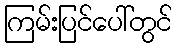
ကြမ်းပြင်ပေါ်တွင်